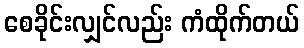
စေခိုင်းလျှင်လည်း ကံထိုက်တယ်